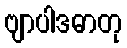
ဗျာပါဒဓာတု